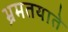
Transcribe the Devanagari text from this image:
भ्रमतयाते